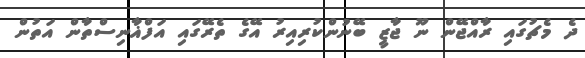
ދެ މެޗުގައި ރާއްޖޭން ނޫ ޖާޒީ ބޭނުންކުރިއިރު އޭގެ ތެރޭގައި އަފްޣާނިސްތާން އަތުން